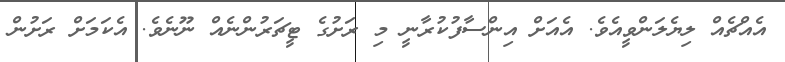
އެއްޗެއް ލިޔެލަންވީއެވެ. އެއަށް އިންސާފުކުރާނީ މި ރަށުގެ ޓީޗަރުންނެއް ނޫނެވެ. އެކަމަށް ރަށުން